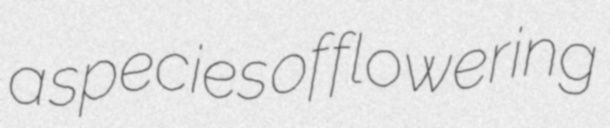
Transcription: a species of flowering